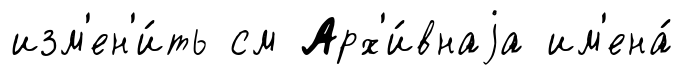
изм'ен'и́ть см Арх'и́внаjа им'ена́